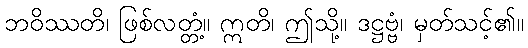
ဘဝိဿတိ၊ ဖြစ်လတ္တံ့။ ဣတိ၊ ဤသို့။ ဒဋ္ဌဗ္ဗံ၊ မှတ်သင့်၏။